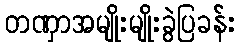
တဏှာအမျိုးမျိုးခွဲပြခန်း